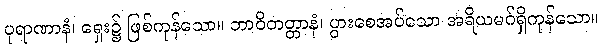
ပုရာဏာနံ၊ ရှေး၌ ဖြစ်ကုန်သော။ ဘာဝိတတ္တာနံ၊ ပွားစေအပ်သော အရိယမဂ်ရှိကုန်သော။